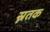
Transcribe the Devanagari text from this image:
स्नतक